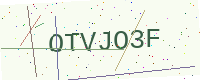
Text: OTVJO3F